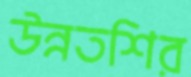
উন্নতশির